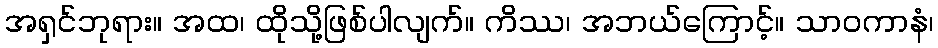
အရှင်ဘုရား။ အထ၊ ထိုသို့ဖြစ်ပါလျက်။ ကိဿ၊ အဘယ်ကြောင့်။ သာဝကာနံ၊